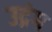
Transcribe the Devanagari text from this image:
उद्रंग